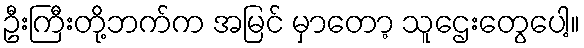
ဦးကြီးတို့ဘက်က အမြင် မှာတော့ သူဌေးတွေပေါ့။